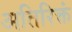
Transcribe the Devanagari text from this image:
अतिरिक्तं